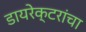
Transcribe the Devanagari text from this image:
डायरेक्टरांचा